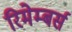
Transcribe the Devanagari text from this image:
रिमेम्बर्स